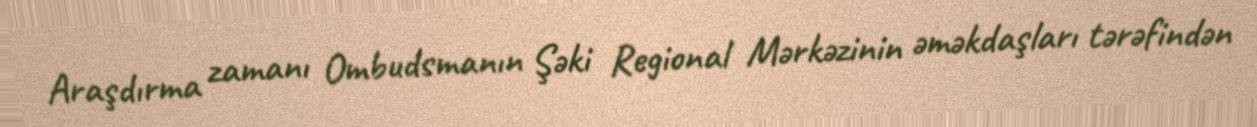
Araşdırma zamanı Ombudsmanın Şəki Regional Mərkəzinin əməkdaşları tərəfindən